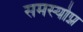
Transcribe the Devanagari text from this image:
समस्योप्न